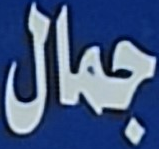
جمال